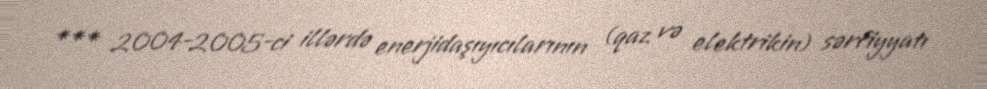
*** 2004-2005-ci illərdə enerjidaşıyıcılarının (qaz və elektrikin) sərfiyyatı